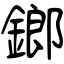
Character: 鎯